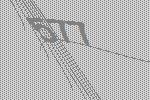
577